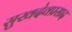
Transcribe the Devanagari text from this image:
सुखदेवप्रसाद